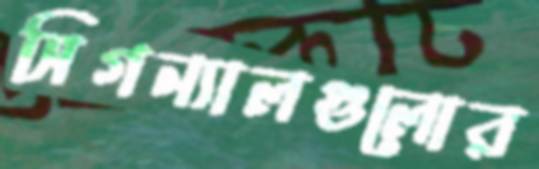
সিগন্যালগুলোর